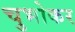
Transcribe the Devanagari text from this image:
चुभोकर